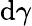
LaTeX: \mathrm{d}\gamma